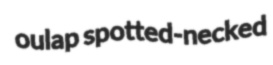
oulap spotted-necked